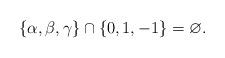
LaTeX: \begin{align*}\{\alpha,\beta,\gamma\} \cap \{0,1,-1\} = \varnothing.\end{align*}